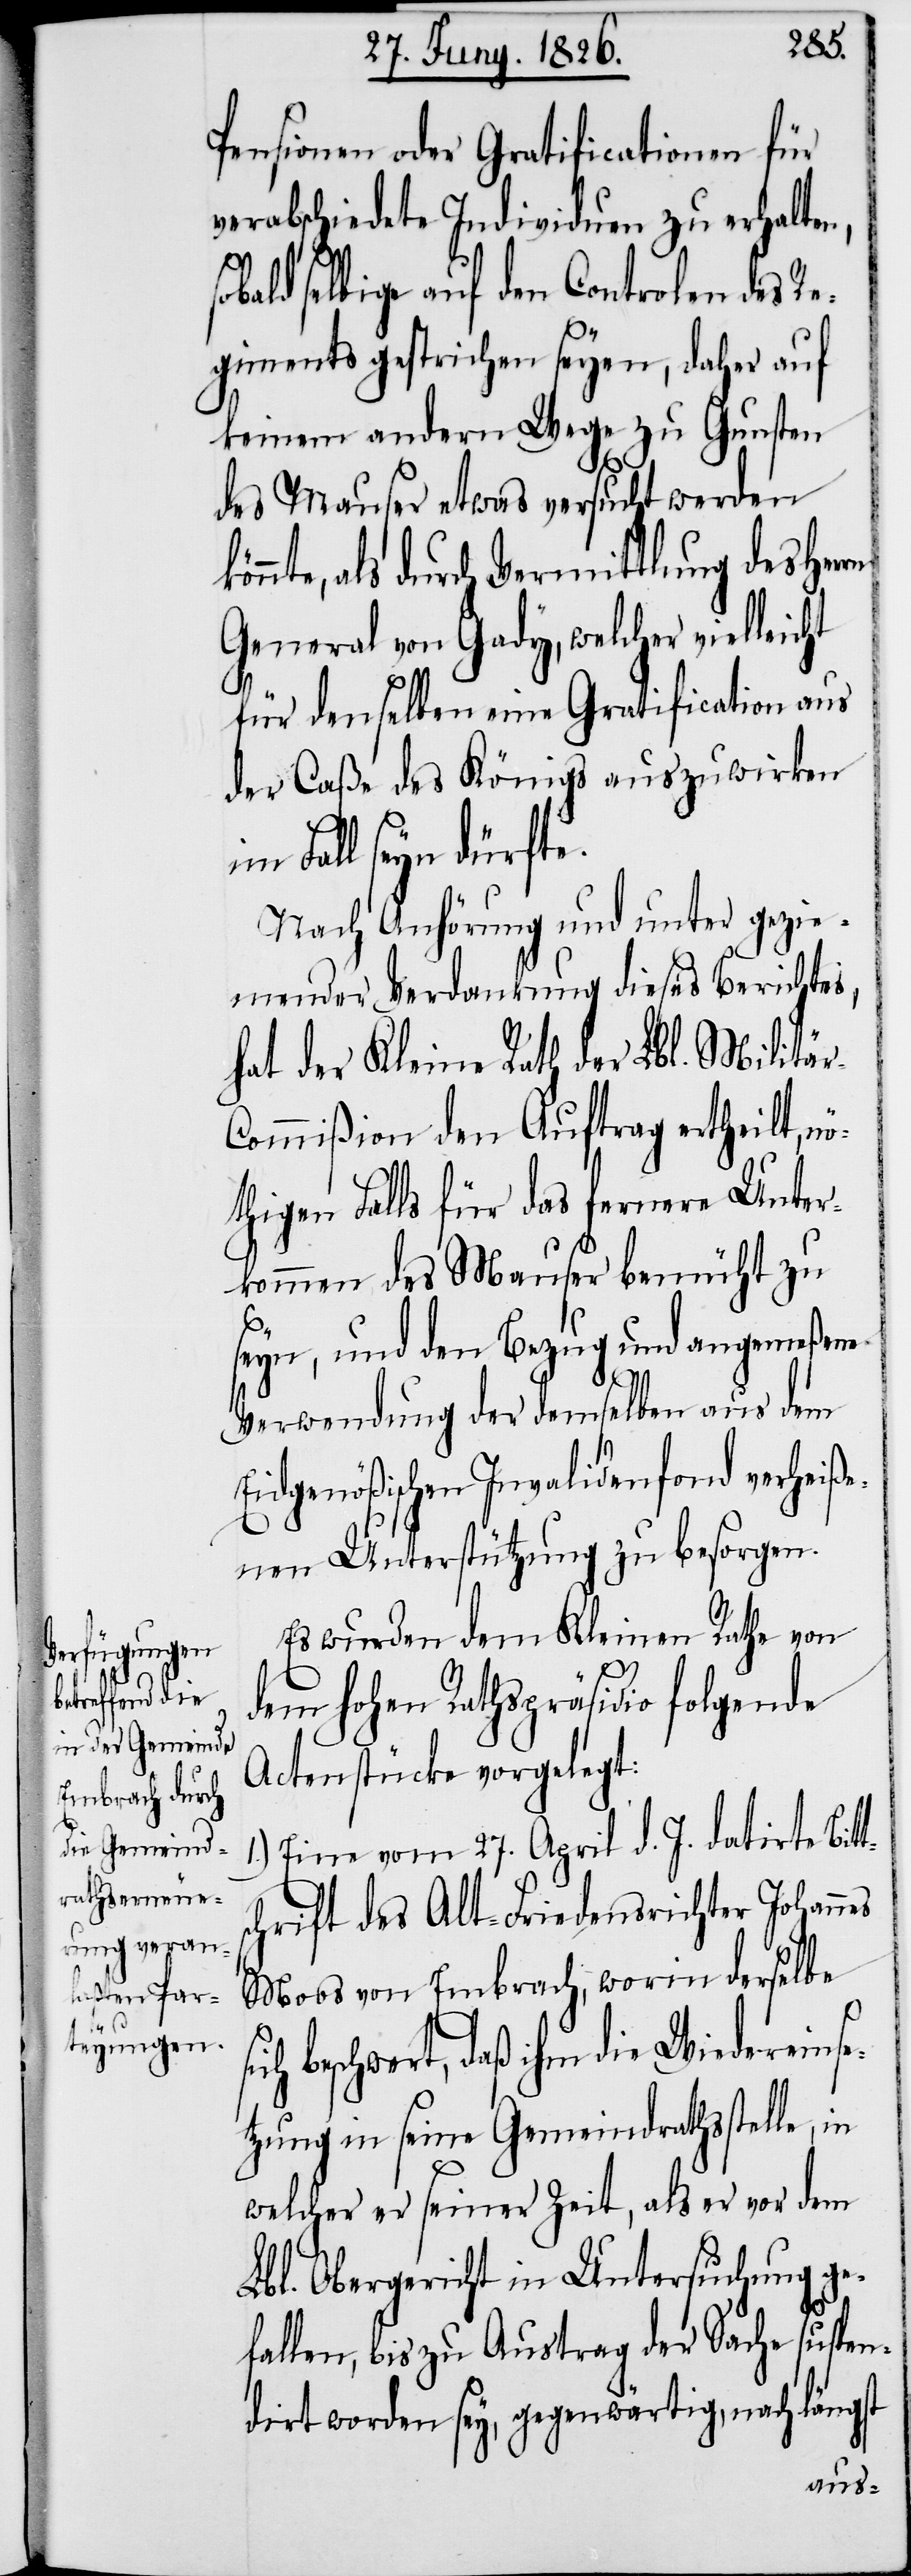
si¬
t¬

Pensionen oder Gratificationen für
verabschiedete Individuen zu erhalten,
bald selbige auf den Controlen des Re¬
giments gestrichen seyen, daher auf
keinem andern Wege zu Gunsten
des Mauser etwas versucht werden
nte, als durch Vermittlung des Her¬
General von Gady, welcher vielleicht
für denselben eine Gratification aus
der Caßa des Königs auszuwirken
im Fall seyn dürfte.
Nach Anhörung und unter gezie¬
mender Verdankung dieses Berichtes,
hat der Kleine Rath der Lbl. Militä¬
ommißion den Auftrag ertheilt, n¬
öthigen Falls für das fernere Unter¬
kommen des Mauser bemüht zu
seyn, und den Bezug und angemeßene
Verwendung der demselben aus dem
Eidgenößischen Invalidenfond verheiße¬
nen Unterstützung zu besorgen.
Es wurden dem Kleinen Rathe von
dem hohen Rathspräsidio folgende
Actenstücke vorgelegt:
1.) Eine vom 27. April d. J. datirte Bit¬
schrift des Alt-Friedensrichter Johann¬
Moos von Embrach, worin derselbe
ch beschwert, daß ihm die Wiedereinse¬
tzung in seine Gemeindrathsstelle,
welcher er seiner Zeit, als er vor dem
Lbl. Obergericht in Untersuchung ge¬
fallen, bis zu Austrag der Sache suspen¬
dirt worden sey, gegenwärtig, nach längst